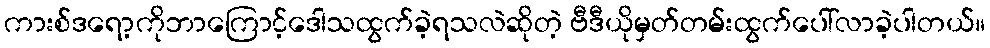
ကားစ်ဒရော့ကိုဘာကြောင့်ဒေါသထွက်ခဲ့ရသလဲဆိုတဲ့ ဗီဒီယိုမှတ်တမ်းထွက်ပေါ်လာခဲ့ပါတယ်။